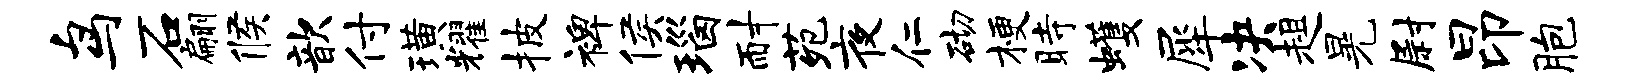
鸟石翩候歆付璜耀披裨侯瑙耐苑夜仁砌梗时蠖犀决趄晃尉昂胞